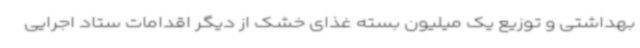
بهداشتی و توزیع یک میلیون بسته غذای خشک از دیگر اقدامات ستاد اجرایی